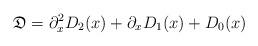
LaTeX: \begin{align*}\mathfrak D = \partial_x^2D_2(x) + \partial_xD_1(x) + D_0(x)\end{align*}